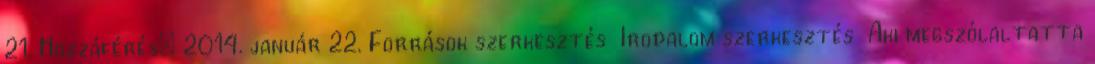
21. Hozzáférés: 2014. január 22. Források szerkesztés Irodalom szerkesztés Aki megszólaltatta